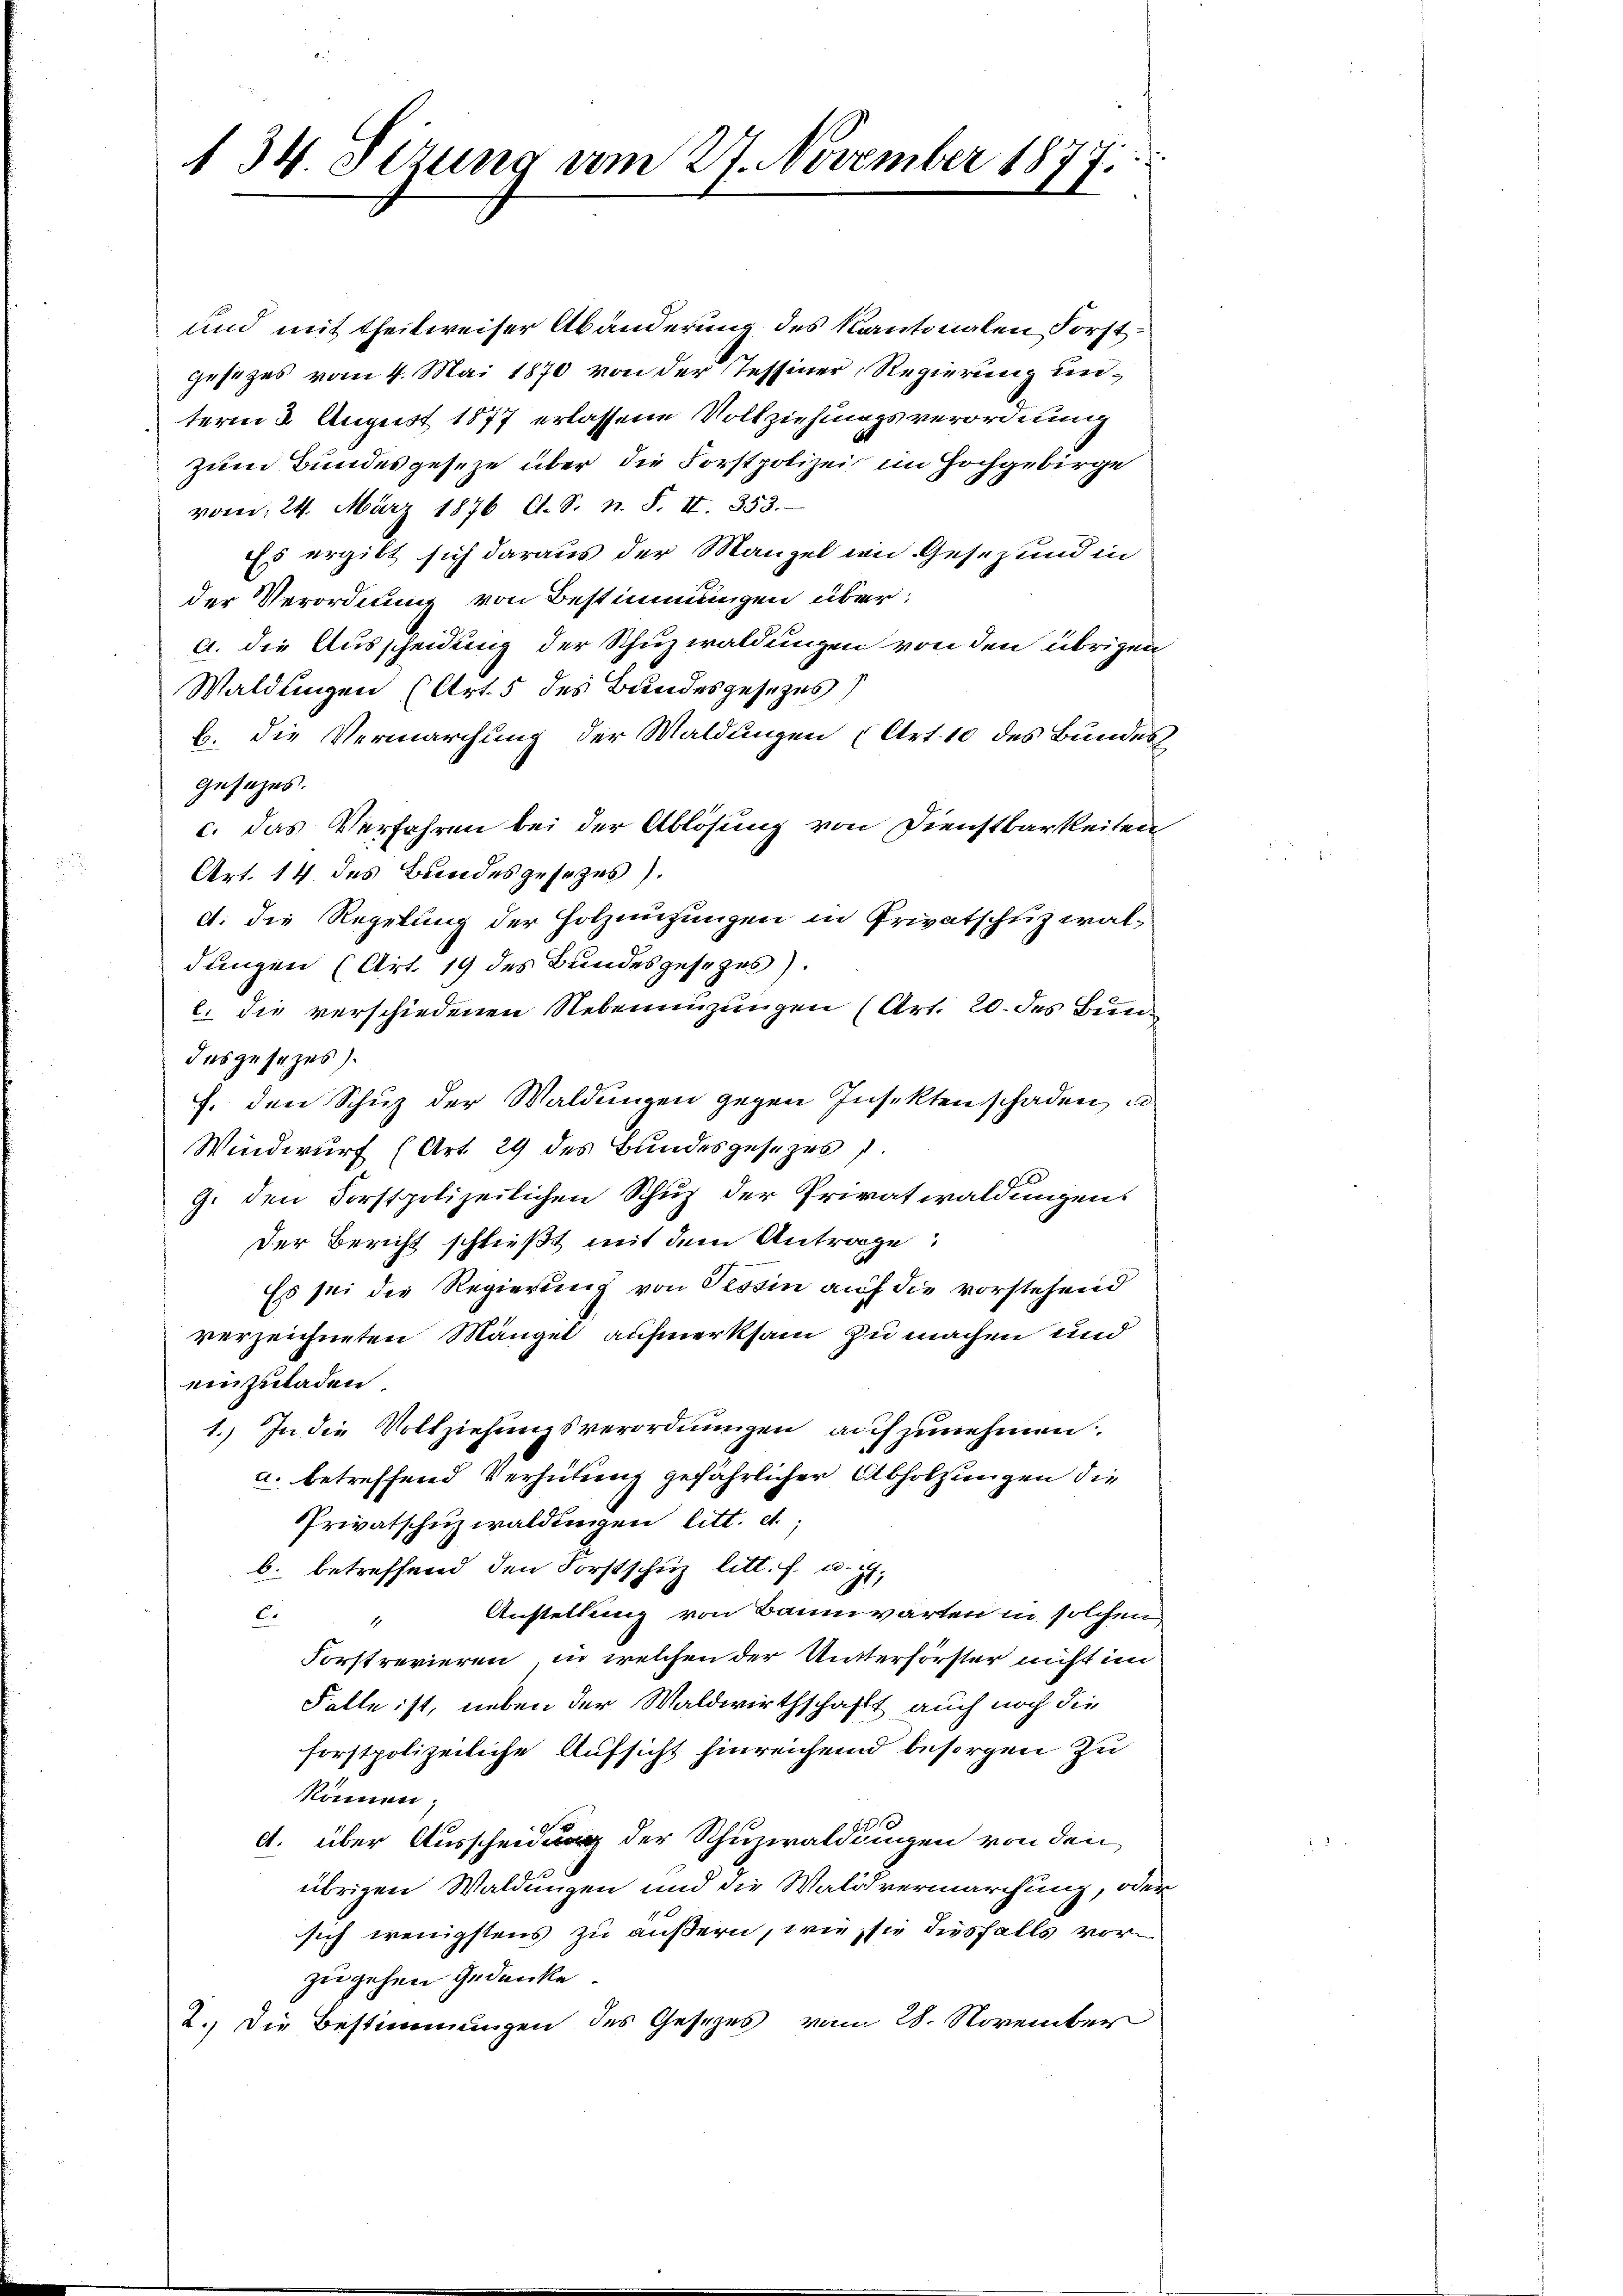
134. Sizung am 27. November 1877

und mit theilweiser Abänderung des Kantonalen Forst
gesezes vom 4. Mai 1870 von der Tessiner, Regierung unterm 2. August 1877 erlassene Vollziehungsverordnung
zum Bundesgeseze über die Forstpolizei im Hochgebirge
vom 24. März 1876 A. S. n. F. II. 353.
Es ergibt sich daraus der Manzel wie Gesez und in
der Verordnung von Bestimmungen über:
a. die Ausscheidung der Schuzwaldungen von den übrigen
Waldungen (Art. 5 des Bundesgesezes)
b. die Vermarchung der Waldungen (Art. 10 des Bundes.
gesezes.
c. das Verfahren bei der Ablösung von Dienstbarkeiten
Art. 14 des Bundesgesezes).
d. die Regelung der Holznüzungen in Privatschuz waldungen (Art. 19 des Bundesgesezes).
l. die verschiedenen Nebennüzungen (Art. 20. des Bundesgesezes).
f. den Schuz der Waldungen gegen Insektenschaden, u
Windwurf (Art. 29 des Bundesgesezes
G. den Forstpolizeilichen Schuz der Privatwaldungen.
Der Bericht schließt mit dem Antrage:
Es sei die Regierung von Tessin auf die vorstehend
verzeichneten Mängel aufmerksam zu machen und
einzuladen.
1.) In die Vollziehungsverordnungen aufzunehmen.
a. betreffend Verhütung gefährlicher Abholzungen die
Privatschuzwaldungen litt. et.
b. betreffend den Forstschuz litt. f. u. st
Anstellung von Baumwarten in solchen,
C.4
Forstrevieren, in welchen der Untterförster nicht im
Falle ist, neben der Waldwirthschafft auch noch die
forstpolizeiliche Aufsicht hinreichend besorgen zu
können.
c. über Ausscheidung der Schuzwaldungen von den
übrigen Waldungen und die Waldvermarchung, oder
sich wenigstens zu äußern, wie sie diesfalls vorzugehen Gedanke.
2.) Die Bestimmungen des Gesezes vom 28. November